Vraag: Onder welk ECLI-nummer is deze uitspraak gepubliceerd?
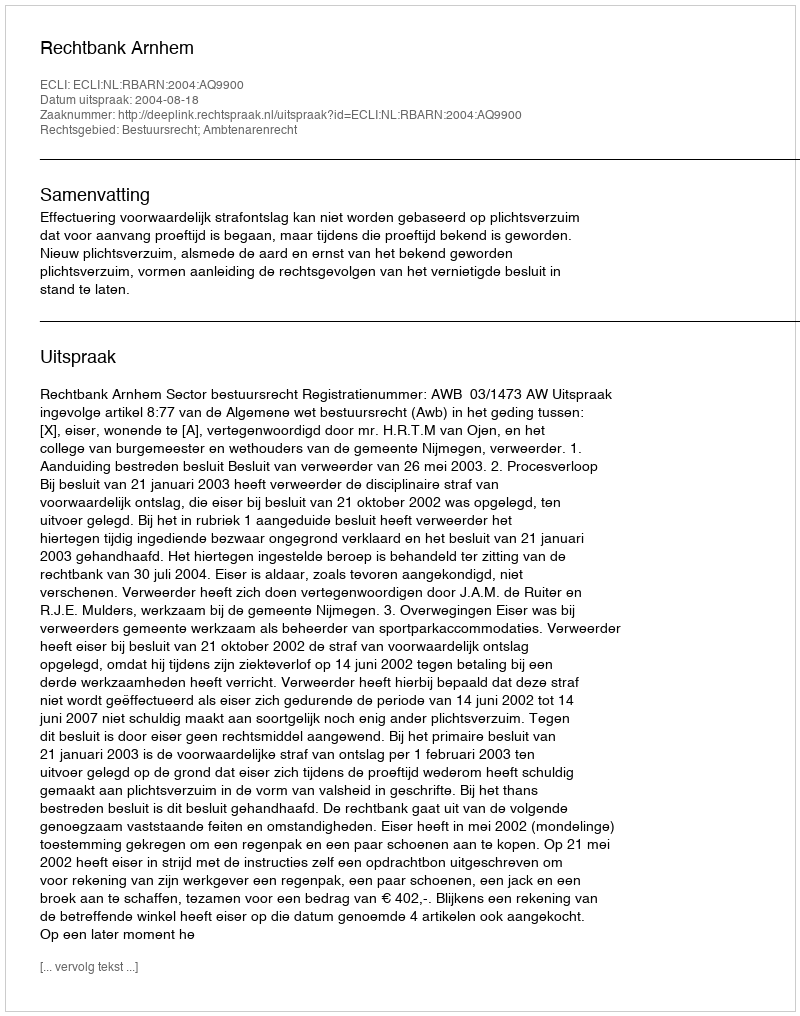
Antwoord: ECLI:NL:RBARN:2004:AQ9900